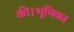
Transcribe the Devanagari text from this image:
की।भूमिका